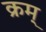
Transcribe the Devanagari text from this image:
क्रम्